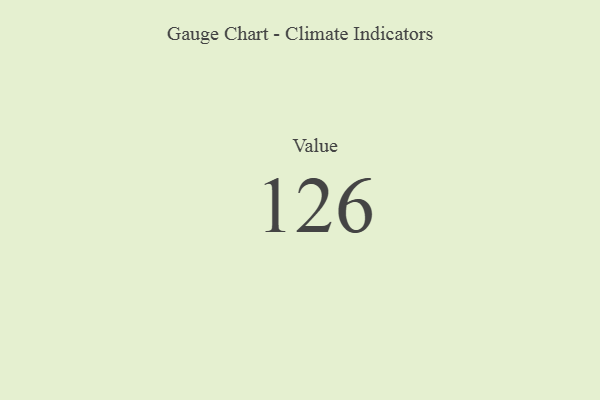
{"axis": {"x": "Metric", "y": "Value"}, "legend": [""], "data": [{"x": "Value", "y": 126, "type": ""}]}